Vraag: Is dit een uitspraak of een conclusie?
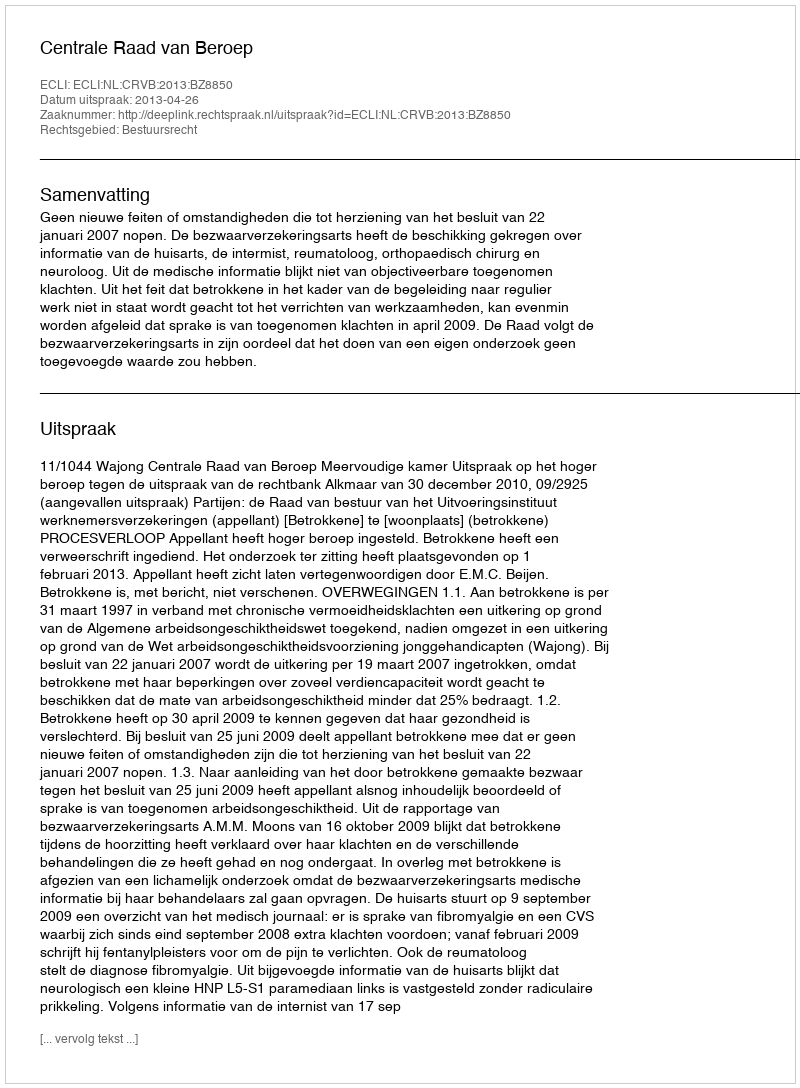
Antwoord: Uitspraak